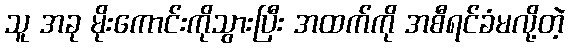
သူ အခု မိုးကောင်းကိုသွားပြီး အထက်ကို အစီရင်ခံမလို့တဲ့